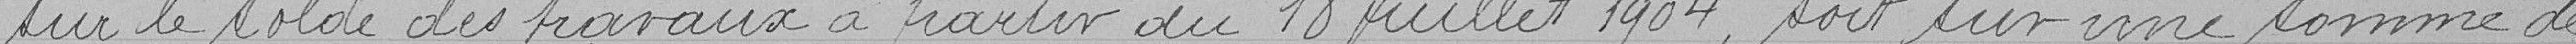
sur le solde des travaux à partir du 18 juillet 1904, soit sur une somme de